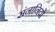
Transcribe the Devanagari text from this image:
संनानियों